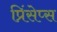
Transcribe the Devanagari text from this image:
प्रिंसेप्स